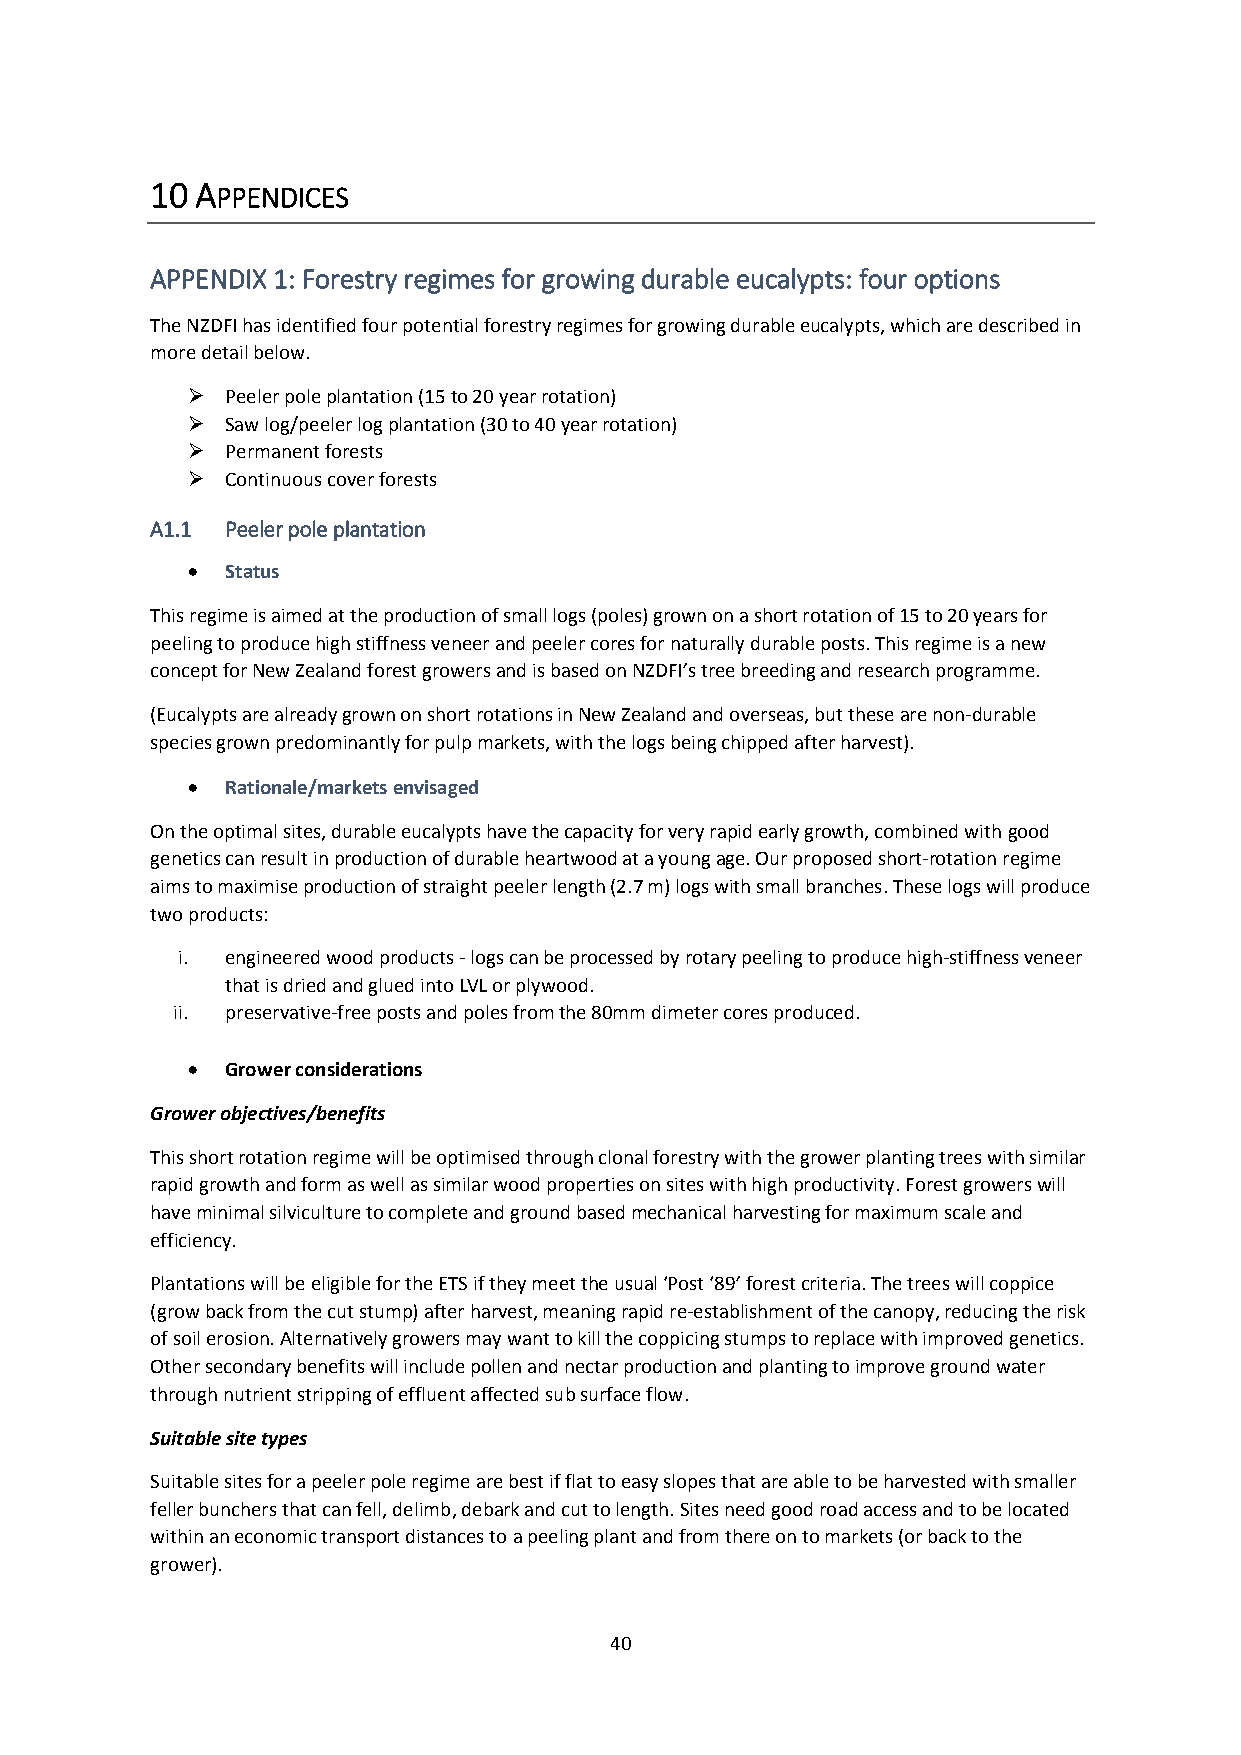
10 APPENDICES
 APPENDIX 1: Forestry regimes for growing durable eucalypts: four options
 The NZDFI has identified four potential forestry regimes for growing durable eucalypts, which are described in
 more detail below.
   Peeler pole plantation (15 to 20 year rotation)
   Saw log/peeler log plantation (30 to 40 year rotation)
   Permanent forests
   Continuous cover forests
 A1.1 Peeler pole plantation
   Status
 This regime is aimed at the production of small logs (poles) grown on a short rotation of 15 to 20 years for
 peeling to produce high stiffness veneer and peeler cores for naturally durable posts. This regime is a new
 concept for New Zealand forest growers and is based on NZDFI’s tree breeding and research programme.
 (Eucalypts are already grown on short rotations in New Zealand and overseas, but these are non-durable
 species grown predominantly for pulp markets, with the logs being chipped after harvest).
   Rationale/markets envisaged
 On the optimal sites, durable eucalypts have the capacity for very rapid early growth, combined with good
 genetics can result in production of durable heartwood at a young age. Our proposed short-rotation regime
 aims to maximise production of straight peeler length (2.7 m) logs with small branches. These logs will produce
 two products:
 i. engineered wood products - logs can be processed by rotary peeling to produce high-stiffness veneer
 that is dried and glued into LVL or plywood.
 ii. preservative-free posts and poles from the 80mm dimeter cores produced.
   Grower considerations
 Grower objectives/benefits
 This short rotation regime will be optimised through clonal forestry with the grower planting trees with similar
 rapid growth and form as well as similar wood properties on sites with high productivity. Forest growers will
 have minimal silviculture to complete and ground based mechanical harvesting for maximum scale and
 efficiency.
 Plantations will be eligible for the ETS if they meet the usual ‘Post ‘89’ forest criteria. The trees will coppice
 (grow back from the cut stump) after harvest, meaning rapid re-establishment of the canopy, reducing the risk
 of soil erosion. Alternatively growers may want to kill the coppicing stumps to replace with improved genetics.
 Other secondary benefits will include pollen and nectar production and planting to improve ground water
 through nutrient stripping of effluent affected sub surface flow.
 Suitable site types
 Suitable sites for a peeler pole regime are best if flat to easy slopes that are able to be harvested with smaller
 feller bunchers that can fell, delimb, debark and cut to length. Sites need good road access and to be located
 within an economic transport distances to a peeling plant and from there on to markets (or back to the
 grower).
 40